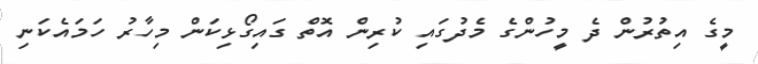
މީގެ އިތުރުން ދެ މީހުންގެ މެދުގައި ކުރިން އޮތް ގައިގޯޅިކަން މިހާރު ހަމައެކަނި